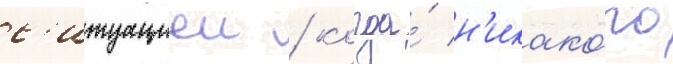
с'итуациеи / когда́ н'икако́го